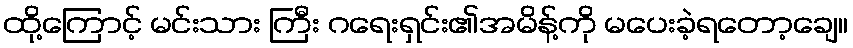
ထို့ကြောင့် မင်းသား ကြီး ဂရေးရှင်း၏အမိန့်ကို မပေးခဲ့ရတော့ချေ။